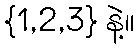
{1,2,3} နဲ့။